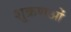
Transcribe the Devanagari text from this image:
शुक्रणओं